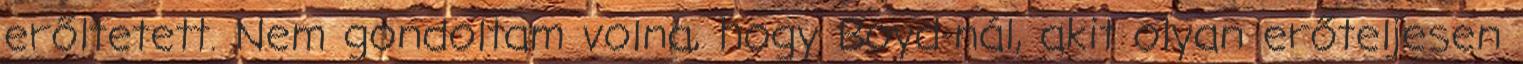
erőltetett. Nem gondoltam volna, hogy Boyd-nál, akit olyan erőteljesen